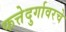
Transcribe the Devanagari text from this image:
फत्तेदुर्गावरचे